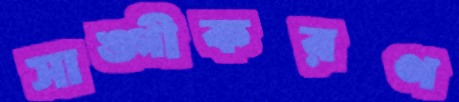
সাঙ্গীকরণ